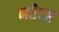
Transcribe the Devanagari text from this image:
नरेटर